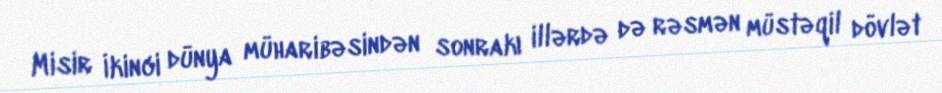
Misir İkinci dünya müharibəsindən sonrakı illərdə də rəsmən müstəqil dövlət